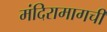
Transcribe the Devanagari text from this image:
मंदिरामागची